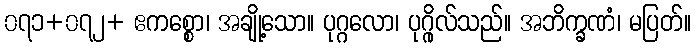
၀၇၁+၀၇၂+ ဧကစ္စော၊ အချို့သော။ ပုဂ္ဂလော၊ ပုဂ္ဂိုလ်သည်။ အဘိက္ခဏံ၊ မပြတ်။